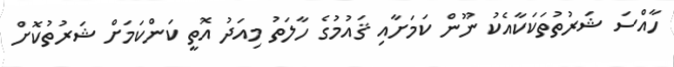
ހާއްސަ ޝަރުތުތަކަކާއެކު ނޫން ކަމަށާއި ޤައުމުގެ ހާލަތު މިއަދު އޮތީ ކަންކަމަށް ޝަރުތުކޮށް